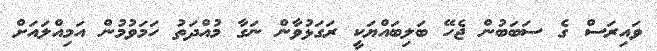
ވައިރަސް ގެ ސަބަބުން ޖެހޭ ބަލިބައްޔަކީ ރަގަޅުވާން ނަގާ މުއްދަތު ހަމަވުމުން އަމިއްލައަށް